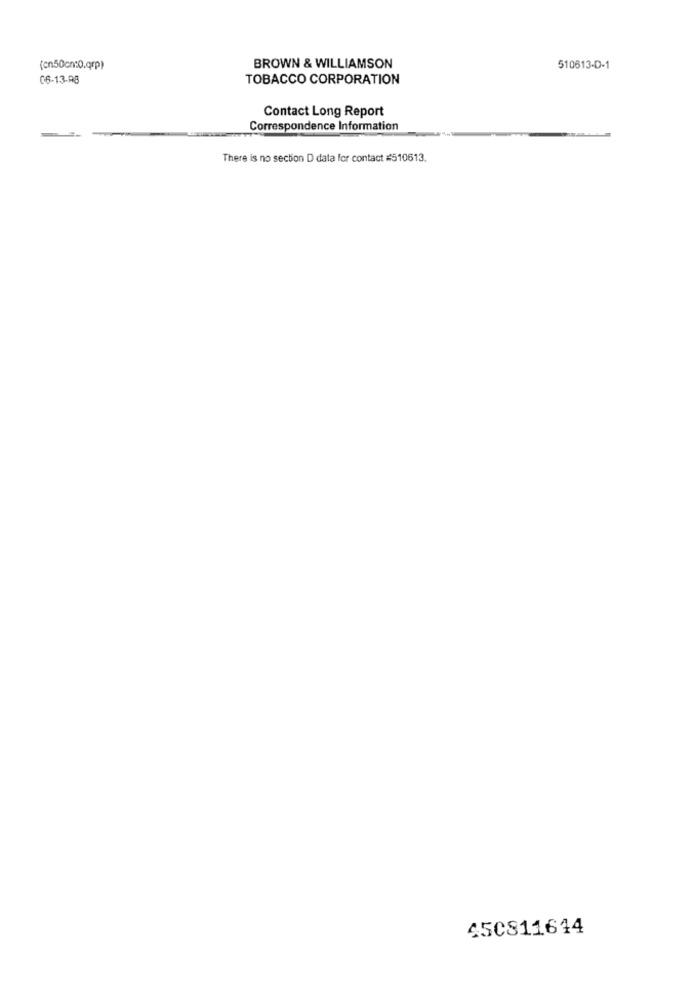
(cn50cm:0.qrp)
BROWN & WILLIAMSON
510613-D-1
C6-13-AB
TOBACCO CORPORATION
Contact Long Report
Correspondence Information
There is no section D data for contact #510613.
450811614